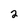
Character: 2